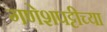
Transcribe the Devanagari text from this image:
गणेशपट्टीच्या